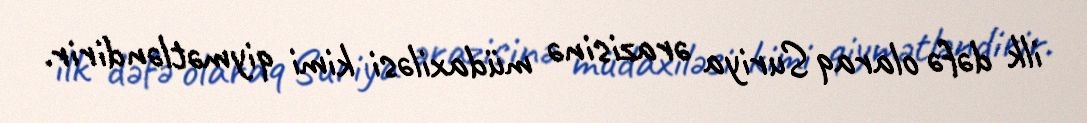
ilk dəfə olaraq Suriya ərazisinə müdaxiləsi kimi qiymətləndirir.